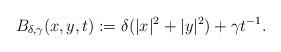
LaTeX: \begin{align*}B_{\delta,\gamma}(x,y,t):=\delta(|x|^2+|y|^2)+\gamma t^{-1}.\end{align*}